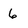
Character: 6